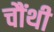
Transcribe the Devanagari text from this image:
चौंथी